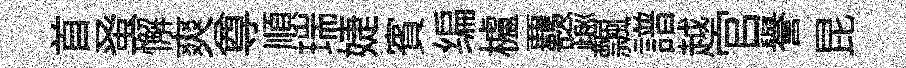
首𫊫懈爽尊順瑞婕賓编櫨覊踰飄譜越官譽昆